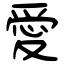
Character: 愛